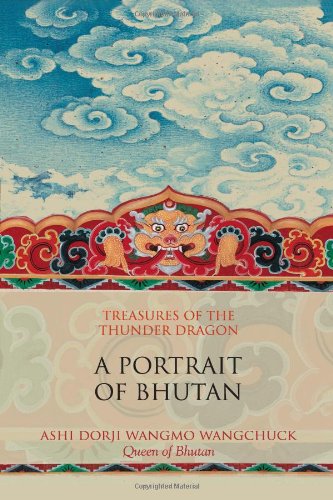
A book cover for Treasures of the Thunder Dragon: A Portrait of Bhutan; Ashi Dori Wangmo Wangchuck; Travel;